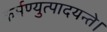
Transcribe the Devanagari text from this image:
कर्मण्युत्पादयन्ते।